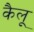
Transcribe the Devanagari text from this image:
कैलू